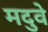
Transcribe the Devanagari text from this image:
मदुवे